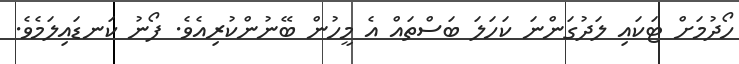
ހޯދުމަށް ޓަކައި ލަދުގަންނަ ކަހަލަ ބަސްތައް އެ މީހުން ބޭނުންކުރިއެވެ. ފޯނު ކަނޑައިލަމެވެ.